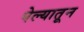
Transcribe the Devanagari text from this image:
पेल्यातून